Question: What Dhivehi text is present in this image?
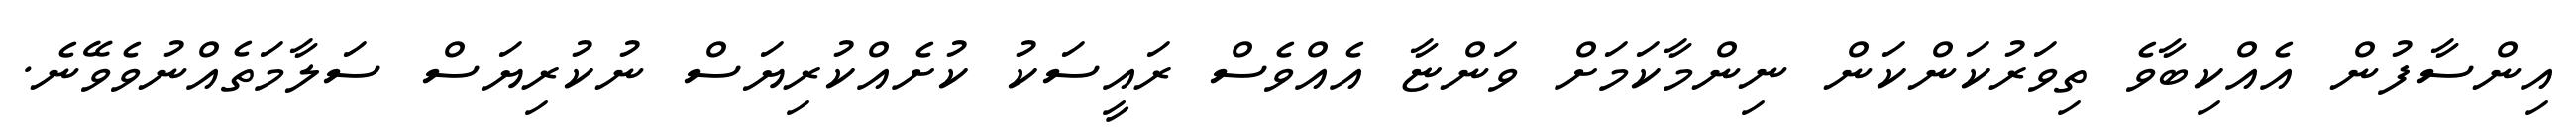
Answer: އިންސާފުން އެއްކިބާވެ ތިވަރުކަންކަން ނިންމާކަމަށް ވަންޏާ އެއްވެސް ރައީސަކު ކުށެއްކުރިޔަސް ނުކުރިޔަސް ސަލާމަތެއްނުވެވޭނެ.